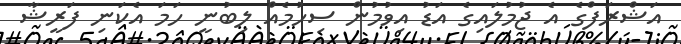
އަޝްރަފްގެ އެ ޖުމުލައިގެ އަޑު އިވުމުން ސިހުމެއް ލިބުނީ ހަމަ އެކަނި ފަރީޝާ